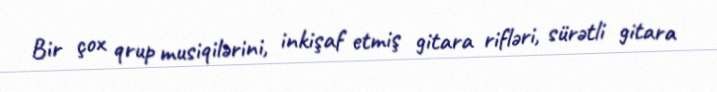
Bir çox qrup musiqilərini, inkişaf etmiş gitara rifləri, sürətli gitara